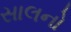
સાલનો